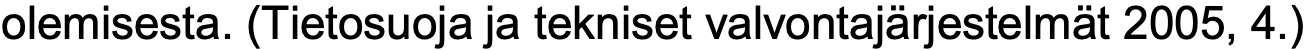
olemisesta. (Tietosuoja ja tekniset valvontajärjestelmät 2005, 4.)